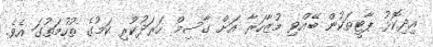
އިދިކޮޅު ޕާޓީތަކުން ބޭއްވި މުޒާހަރާ އަށް ގާސިމް ހަރަދުކުރި ކަމުގެ ތުހުމަތުގަ އެވެ.